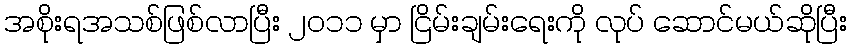
အစိုးရအသစ်ဖြစ်လာပြီး ၂ဝ၁၁ မှာ ငြိမ်းချမ်းရေးကို လုပ် ဆောင်မယ်ဆိုပြီး